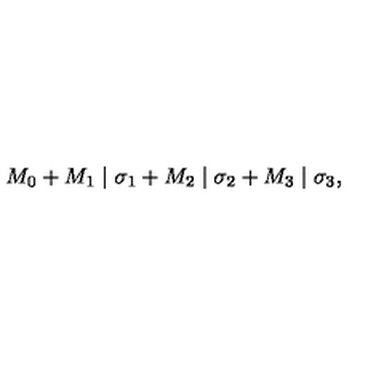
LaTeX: M _ { 0 } + M _ { 1 } \mid \sigma _ { 1 } + M _ { 2 } \mid \sigma _ { 2 } + M _ { 3 } \mid \sigma _ { 3 } ,